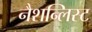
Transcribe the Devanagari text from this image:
नैशन्लिस्ट